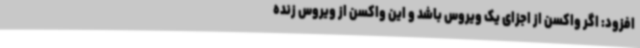
افزود: اگر واکسن از اجزای یک ویروس باشد و این واکسن از ویروس زنده